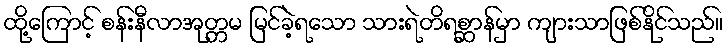
ထို့ကြောင့် စန်းနီလာအုတ္တမ မြင်ခဲ့ရသော သားရဲတိရစ္ဆာန်မှာ ကျားသာဖြစ်နိုင်သည်။